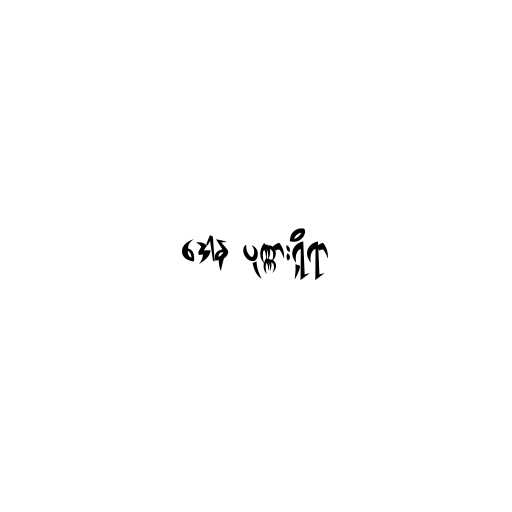
ဒေါန ပုဏ္ဏားရှိရာ